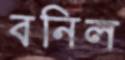
বনিল